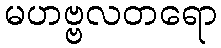
မဟဗ္ဗလတရော